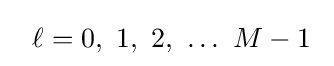
~~\ell =0,\ 1,\ 2,\ \ldots \ M-1~